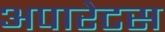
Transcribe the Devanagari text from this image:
अपारेटस